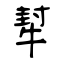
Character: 犎